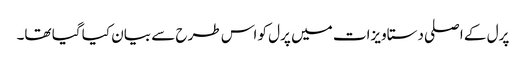
پرل کے اصلی دستاویزات میں پرل کو اس طرح سے بیان کیا گیا تھا۔